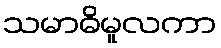
သမာဓိမူလကာ